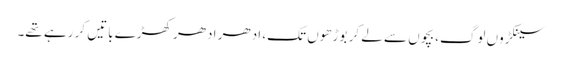
سینکڑوں لوگ، بچوں سے لے کر بوڑھوں تک، ادھر ادھر کھڑے باتیں کر رہے تھے۔